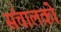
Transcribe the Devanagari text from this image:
संचालको